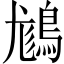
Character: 𪁪